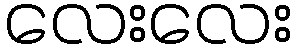
လေးလေး